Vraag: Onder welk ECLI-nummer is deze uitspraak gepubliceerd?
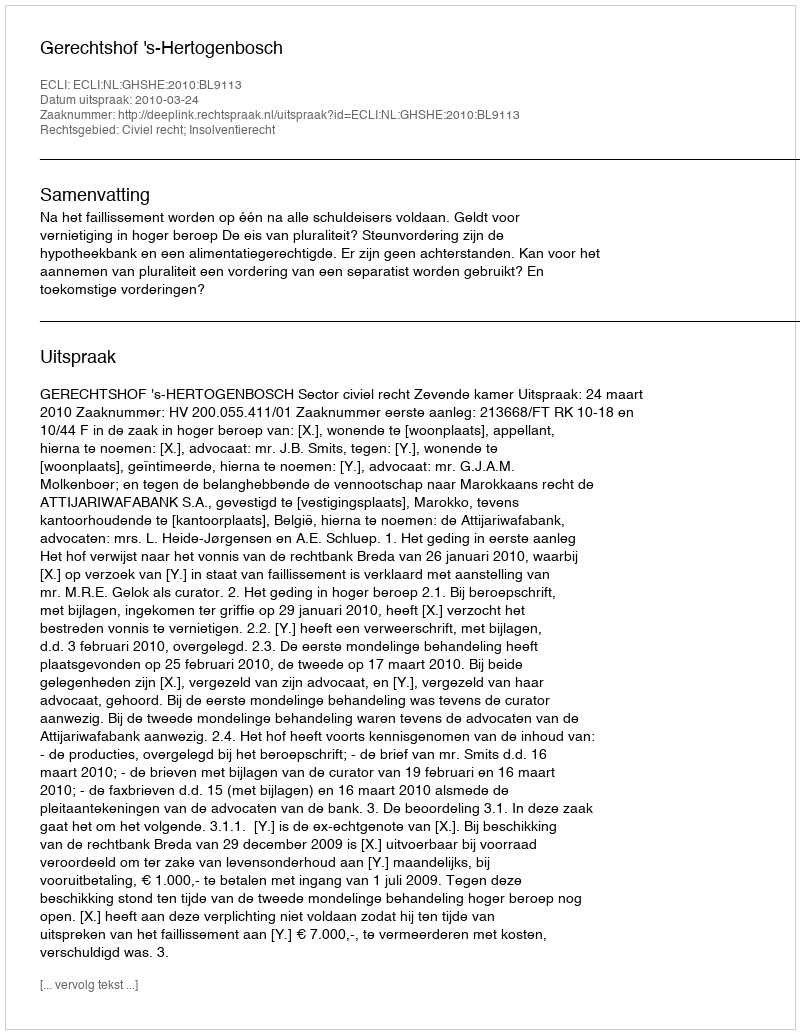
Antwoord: ECLI:NL:GHSHE:2010:BL9113